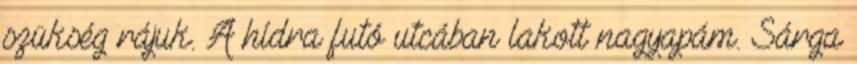
szükség rájuk. A hídra futó utcában lakott nagyapám. Sárga